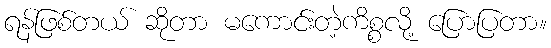
ရန်ဖြစ်တယ် ဆိုတာ မကောင်းတဲ့ကိစ္စလို့ ပြောပြတာ။